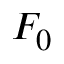
F _ { 0 }